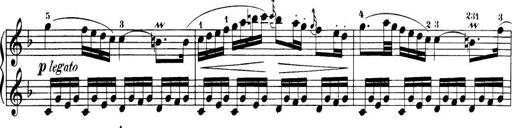
Title: 32 Sonatinas and Rondos for the Piano
Composer: Richard Kleinmichel